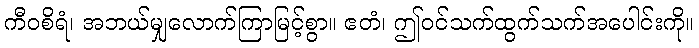
ကီဝစိရံ၊ အဘယ်မျှလောက်ကြာမြင့်စွာ။ ဧတံ၊ ဤဝင်သက်ထွက်သက်အပေါင်းကို။